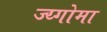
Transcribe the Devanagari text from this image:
ज्य्गोमा